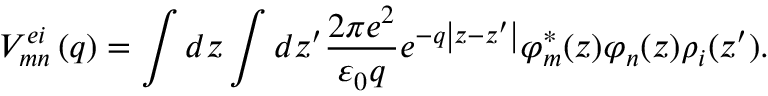
V _ { m n } ^ { e i } \left( q \right) = \int { d z \int { d z { ' } \frac { 2 \pi e ^ { 2 } } { { \varepsilon } _ { 0 } q } e ^ { - q \left| z - z { ' } \right| } { \varphi } _ { m } ^ { * } ( z ) } { \varphi } _ { n } ( z ) { \rho } _ { i } ( z { ' } ) } .